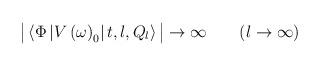
LaTeX: \begin{align*}\big| \left\langle \Phi\left| V\left(\omega\right)_0 \right|t,l,Q_l\right\rangle\big| \to \infty \qquad (l \to \infty)\end{align*}